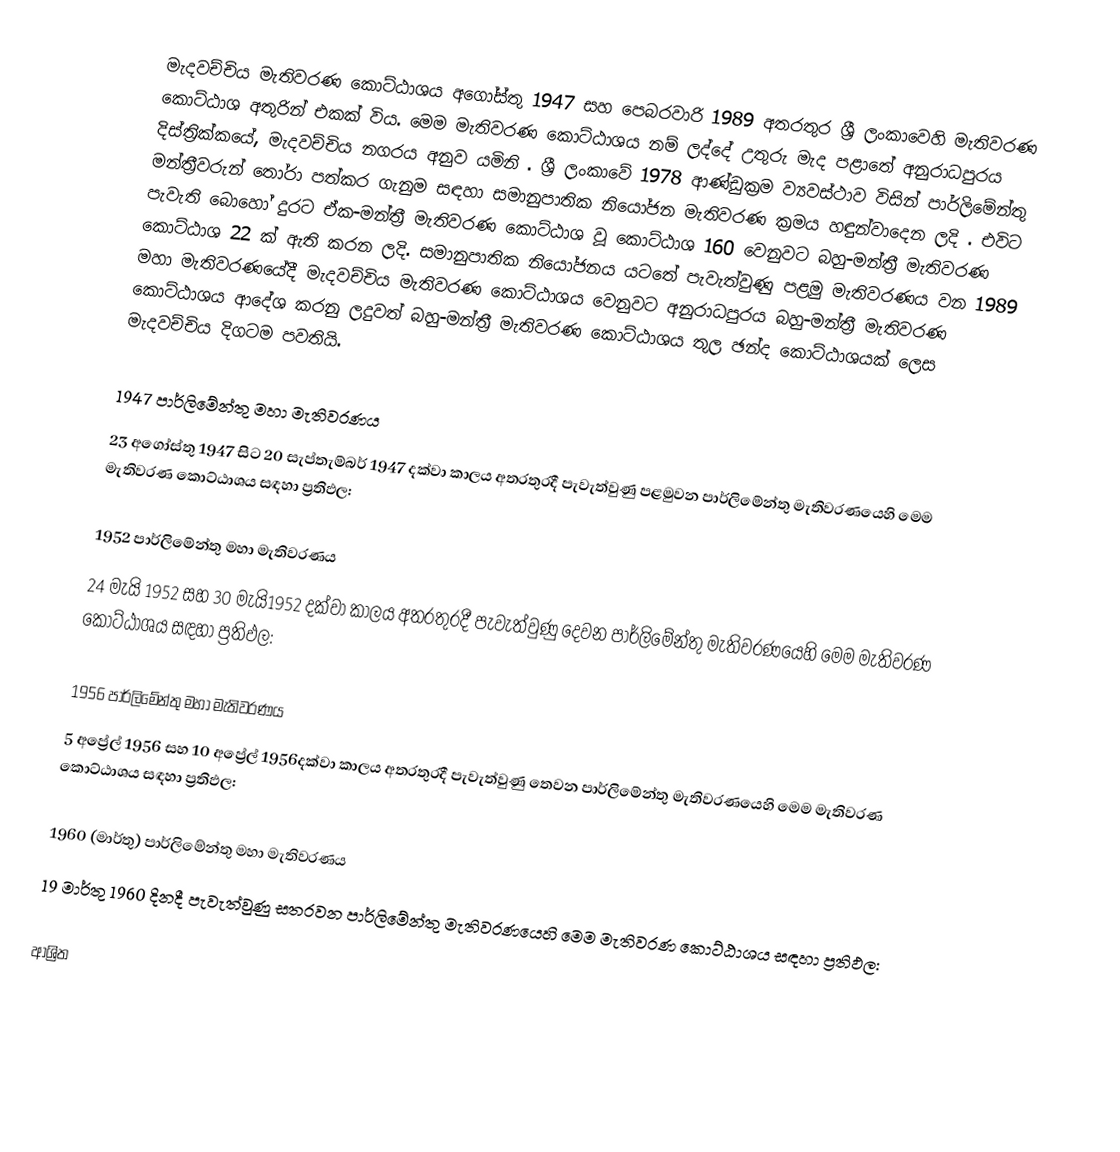
මැදවච්චිය මැතිවරණ කොට්ඨාශය  අගෝස්තු 1947 සහ පෙබරවාරි 1989 අතරතුර  ශ්‍රී ලංකාවෙහි  මැතිවරණ කොට්ඨාශ අතුරින් එකක් විය. මෙම මැතිවරණ කොට්ඨාශය නම් ලද්දේ  උතුරු මැද පළාතේ  අනුරාධපුරය දිස්ත්‍රික්කයේ,  මැදවච්චිය නගරය අනුව යමිනි . ශ්‍රී ලංකාවේ 1978 ආණ්ඩුක්‍රම ව්‍යවස්ථාව විසින්   පාර්ලිමේන්තු මන්ත්‍රීවරුන් තෝරා පත්කර ගැනුම සඳහා සමානුපාතික නියෝජන මැතිවරණ ක්‍රමය හඳුන්වාදෙන ලදි . එවිට පැවැති බොහෝ දුරට  ඒක-මන්ත්‍රී මැතිවරණ කොට්ඨාශ වූ කොට්ඨාශ 160 වෙනුවට බහු-මන්ත්‍රී මැතිවරණ කොට්ඨාශ 22 ක් ඇති කරන ලදි. සමානුපාතික නියෝජනය යටතේ පැවැත්වුණු  පළමු මැතිවරණය වන 1989 මහා මැතිවරණයේදී  මැදවච්චිය මැතිවරණ කොට්ඨාශය වෙනුවට  අනුරාධපුරය බහු-මන්ත්‍රී මැතිවරණ කොට්ඨාශය  ආදේශ කරනු ලදුවත් බහු-මන්ත්‍රී මැතිවරණ කොට්ඨාශය තුල ඡන්ද කොට්ඨාශයක් ලෙස මැදවච්චිය දිගටම පවතියි.

1947 පාර්ලිමේන්තු මහා මැතිවරණය
23 අගෝස්තු 1947 සිට 20 සැප්තැම්බර් 1947 දක්වා කාලය අතරතුරදී පැවැත්වුණු   පළමුවන පාර්ලිමේන්තු මැතිවරණයෙහි මෙම මැතිවරණ කොට්ඨාශය සඳහා ප්‍රතිඵල:

1952 පාර්ලිමේන්තු මහා මැතිවරණය
24 මැයි 1952 සහ 30 මැයි1952 දක්වා කාලය අතරතුරදී පැවැත්වුණු   දෙවන පාර්ලිමේන්තු මැතිවරණයෙහි මෙම මැතිවරණ කොට්ඨාශය සඳහා ප්‍රතිඵල:

1956 පාර්ලිමේන්තු මහා මැතිවරණය
5 අප්‍රේල් 1956 සහ 10 අප්‍රේල් 1956දක්වා කාලය අතරතුරදී පැවැත්වුණු   තෙවන පාර්ලිමේන්තු මැතිවරණයෙහි මෙම මැතිවරණ කොට්ඨාශය සඳහා ප්‍රතිඵල:

1960 (මාර්තු) පාර්ලිමේන්තු මහා මැතිවරණය
19 මාර්තු 1960 දිනදී පැවැත්වුණු   සතරවන පාර්ලිමේන්තු මැතිවරණයෙහි මෙම මැතිවරණ කොට්ඨාශය සඳහා ප්‍රතිඵල:

ආශ්‍රිත